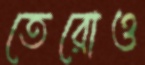
তেরোও